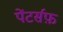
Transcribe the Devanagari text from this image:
पेंटर्सफ़